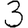
Digit: 3